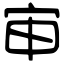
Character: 审